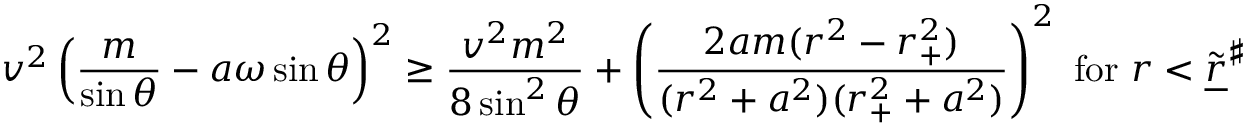
v ^ { 2 } \left( \frac { m } { \sin \theta } - a \omega \sin \theta \right) ^ { 2 } \geq \frac { v ^ { 2 } m ^ { 2 } } { 8 \sin ^ { 2 } \theta } + \left( \frac { 2 a m ( r ^ { 2 } - r _ { + } ^ { 2 } ) } { ( r ^ { 2 } + a ^ { 2 } ) ( r _ { + } ^ { 2 } + a ^ { 2 } ) } \right) ^ { 2 } \mathrm { ~ f o r ~ } r < \widetilde { \underline { { r } } } ^ { \sharp }